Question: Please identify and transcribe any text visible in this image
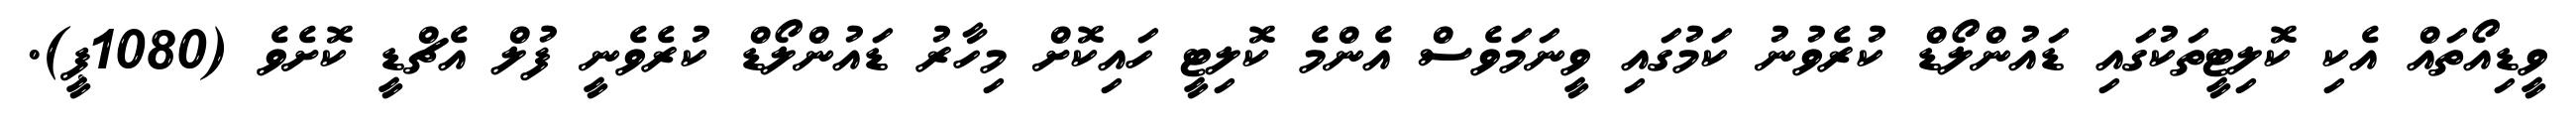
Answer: ވީޑިއޯތައް އެކި ކޮލިޓީތަކުގައި ޑައުންލޯޑް ކުރެވުނު ކަމުގައި ވީނަމަވެސް އެންމެ ކޮލިޓީ ހައިކޮށް މިހާރު ޑައުންލޯޑް ކުރެވެނީ ފުލް އެޗްޑީ ކޮށެވެ (1080ޕީ).